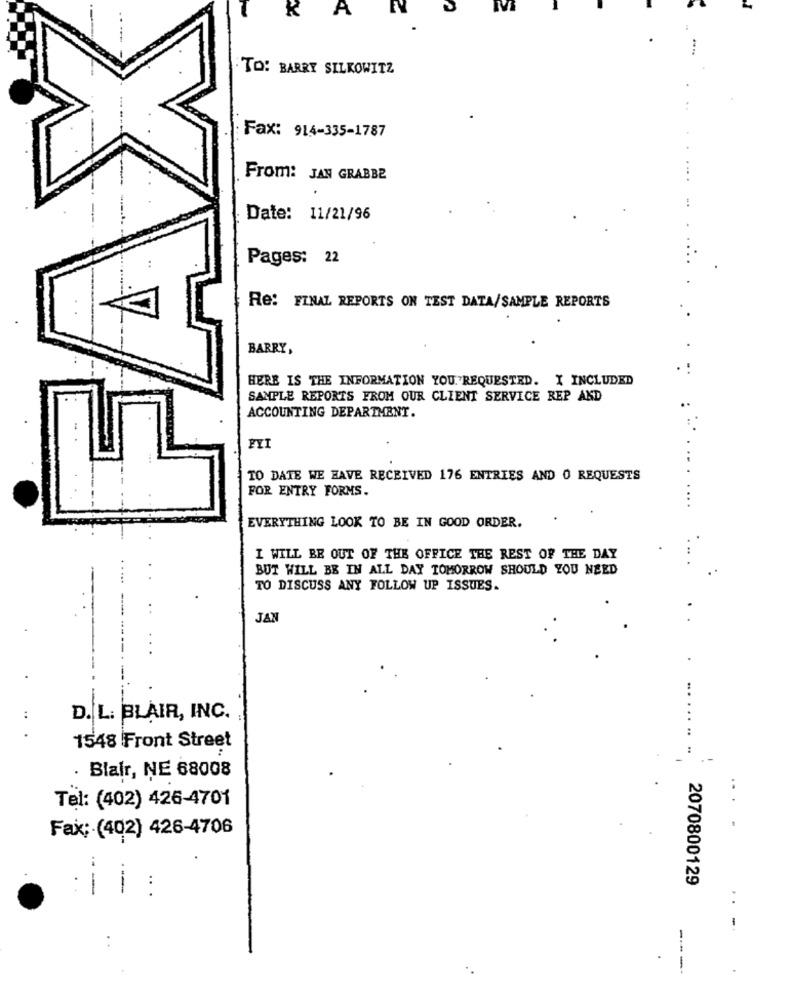
A
TO: BARRY SILKOWITZ
Fax: 914-335-1787
From: JAN GRABBE
Date: 11/21/96
Pages: 22
Re: FINAL REPORTS ON TEST DATA/SAMPLE REPORTS
BARRY,
HERE IS THE INFORMATION YOU. 'REQUESTED. X INCLUDED
SAMPLE REPORTS FROM OUR CLIENT SERVICE REP AKD
ACCOUNTING DEPARTMENT.
TO DATE WE HAVE RECEIVED 176 ENTRIES AND O REQUESTS
FOR ENTRY FORMS.
EVERYTHING LOOK TO BE IN GOOD ORDER.
I WILL BE OUT OF THE OFFICE THE REST OF THE DAY
BUT WILL BE IN ALL DAY TOMORROW SHOULD YOU NEED
TO DISCUSS ANY FOLLOW UP ISSUES.
JAN
D. L. BLAIR, INC.
.. .
1548 Front Street
. Blair, NE 68008
Tel: (402) 426-4701
Fax: (402) 426-4706
2070800129
-
..
-.
---